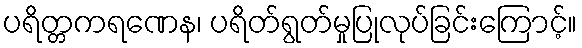
ပရိတ္တကရဏေန၊ ပရိတ်ရွတ်မှုပြုလုပ်ခြင်းကြောင့်။